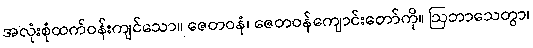
အလုံးစုံထက်ဝန်းကျင်သော။ ဇေတဝနံ၊ ဇေတဝန်ကျောင်းတော်ကို။ ဩဘာသေတွာ၊